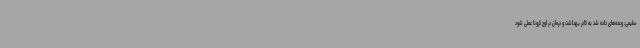
سلیمی: وعده‌های داده شد به کادر بهداشت و درمان در اوج کرونا عملی شود